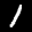
Label: 1